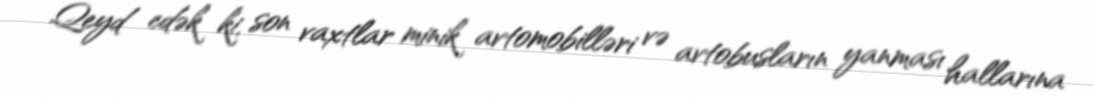
Qeyd edək ki, son vaxtlar minik avtomobilləri və avtobusların yanması hallarına